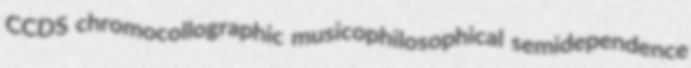
CCDS chromocollographic musicophilosophical semidependence